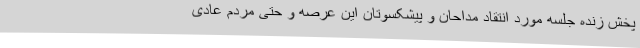
پخش زنده جلسه مورد انتقاد مداحان و پیشکسوتان این عرصه و حتی مردم عادی